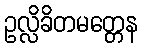
ဥလ္လိခိတမတ္တေန